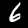
Label: 6